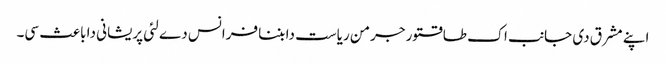
اپنے مشرق دی جانب اک طاقتور جرمن ریاست دا بننا فرانس دے لئی پریشانی دا باعث سی۔